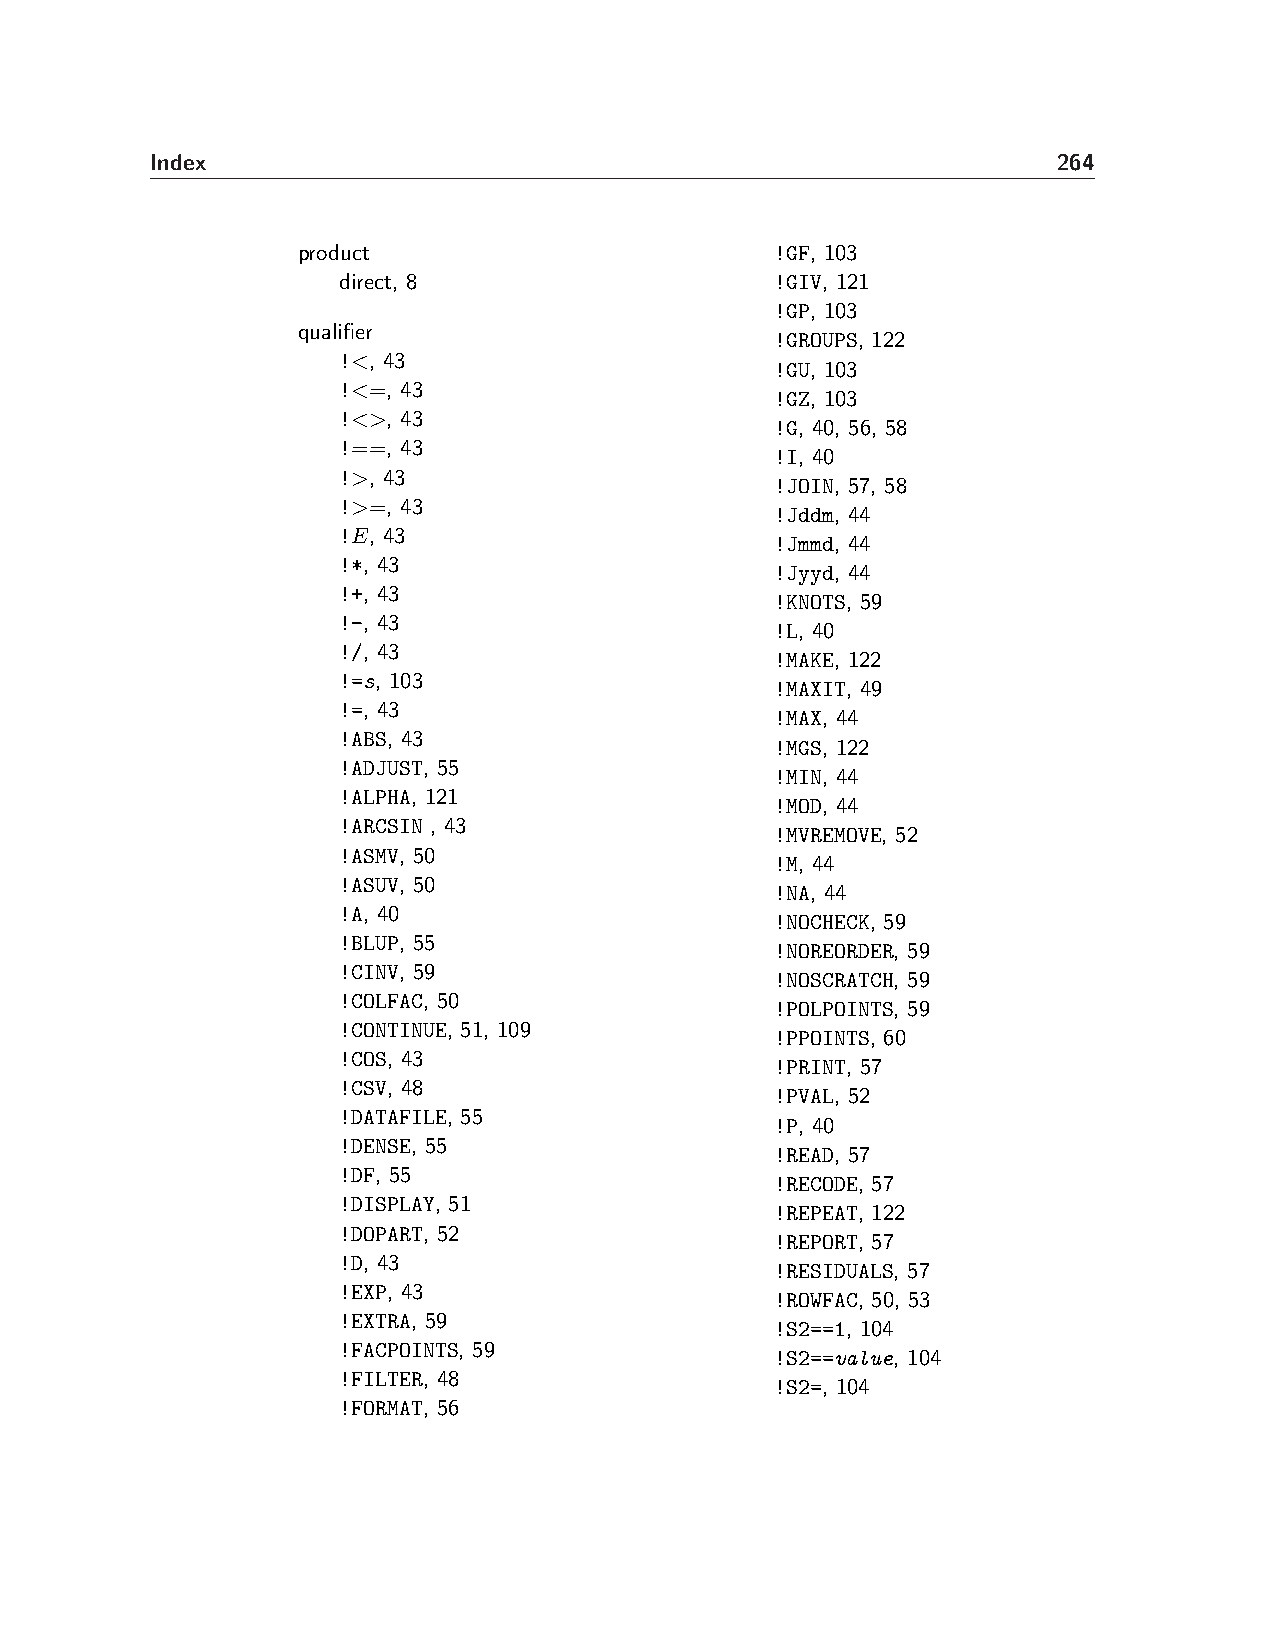
Index                                                       264
 product                        !GF, 103
 direct, 8                    !GIV, 121
 !GP, 103
 qualifier
 !GROUPS, 122
 !<, 43
 !GU, 103
 !<=, 43
 !GZ, 103
 !<>, 43
 !G, 40, 56, 58
 !==, 43
 !I, 40
 !>, 43
 !JOIN, 57, 58
 !>=, 43
 !Jddm, 44
 !E, 43
 !Jmmd, 44
 !*, 43
 !Jyyd, 44
 !+, 43
 !KNOTS, 59
 !-, 43
 !L, 40
 !/, 43
 !MAKE, 122
 !=s, 103
 !MAXIT, 49
 !=, 43
 !MAX, 44
 !ABS, 43
 !MGS, 122
 !ADJUST, 55
 !MIN, 44
 !ALPHA, 121
 !MOD, 44
 !ARCSIN , 43
 !MVREMOVE, 52
 !ASMV, 50
 !M, 44
 !ASUV, 50
 !NA, 44
 !A, 40
 !NOCHECK, 59
 !BLUP, 55
 !NOREORDER, 59
 !CINV, 59
 !NOSCRATCH, 59
 !COLFAC, 50
 !POLPOINTS, 59
 !CONTINUE, 51, 109
 !PPOINTS, 60
 !COS, 43
 !PRINT, 57
 !CSV, 48
 !PVAL, 52
 !DATAFILE, 55
 !P, 40
 !DENSE, 55
 !READ, 57
 !DF, 55
 !RECODE, 57
 !DISPLAY, 51
 !REPEAT, 122
 !DOPART, 52
 !REPORT, 57
 !D, 43
 !RESIDUALS, 57
 !EXP, 43
 !ROWFAC, 50, 53
 !EXTRA, 59
 !S2==1, 104
 !FACPOINTS, 59
 !S2==value, 104
 !FILTER, 48
 !S2=, 104
 !FORMAT, 56